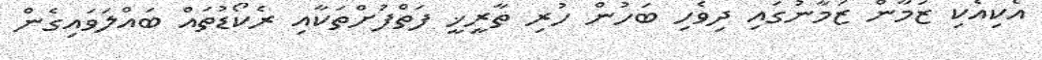
އެކިއެކި ޒަމާން ޒަމާނުގައި ދިވެހި ބަހުން ހުރި ތާރީޚީ ފަތްފުށްތަކާއި ރެކޯޑުތައް ބައްލަވައިގެން